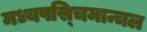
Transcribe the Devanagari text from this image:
मध्यपस्चिमान्चल